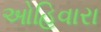
ઓહિવારા